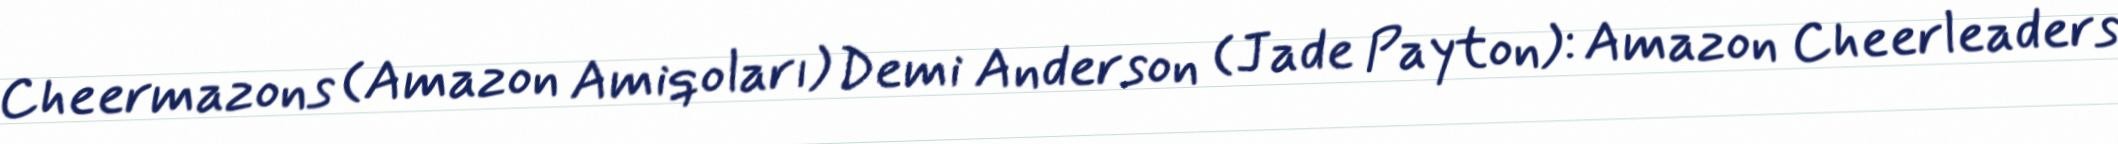
Cheermazons (Amazon Amiqoları) Demi Anderson (Jade Payton): Amazon Cheerleaders